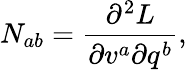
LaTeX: N_{ab}=\frac{\partial^{2}L}{\partial v^{a}\partial q^{b}},